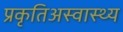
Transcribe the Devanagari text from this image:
प्रकृतिअस्वास्थ्य